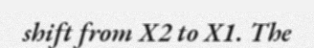
shift from X2 to X1. The